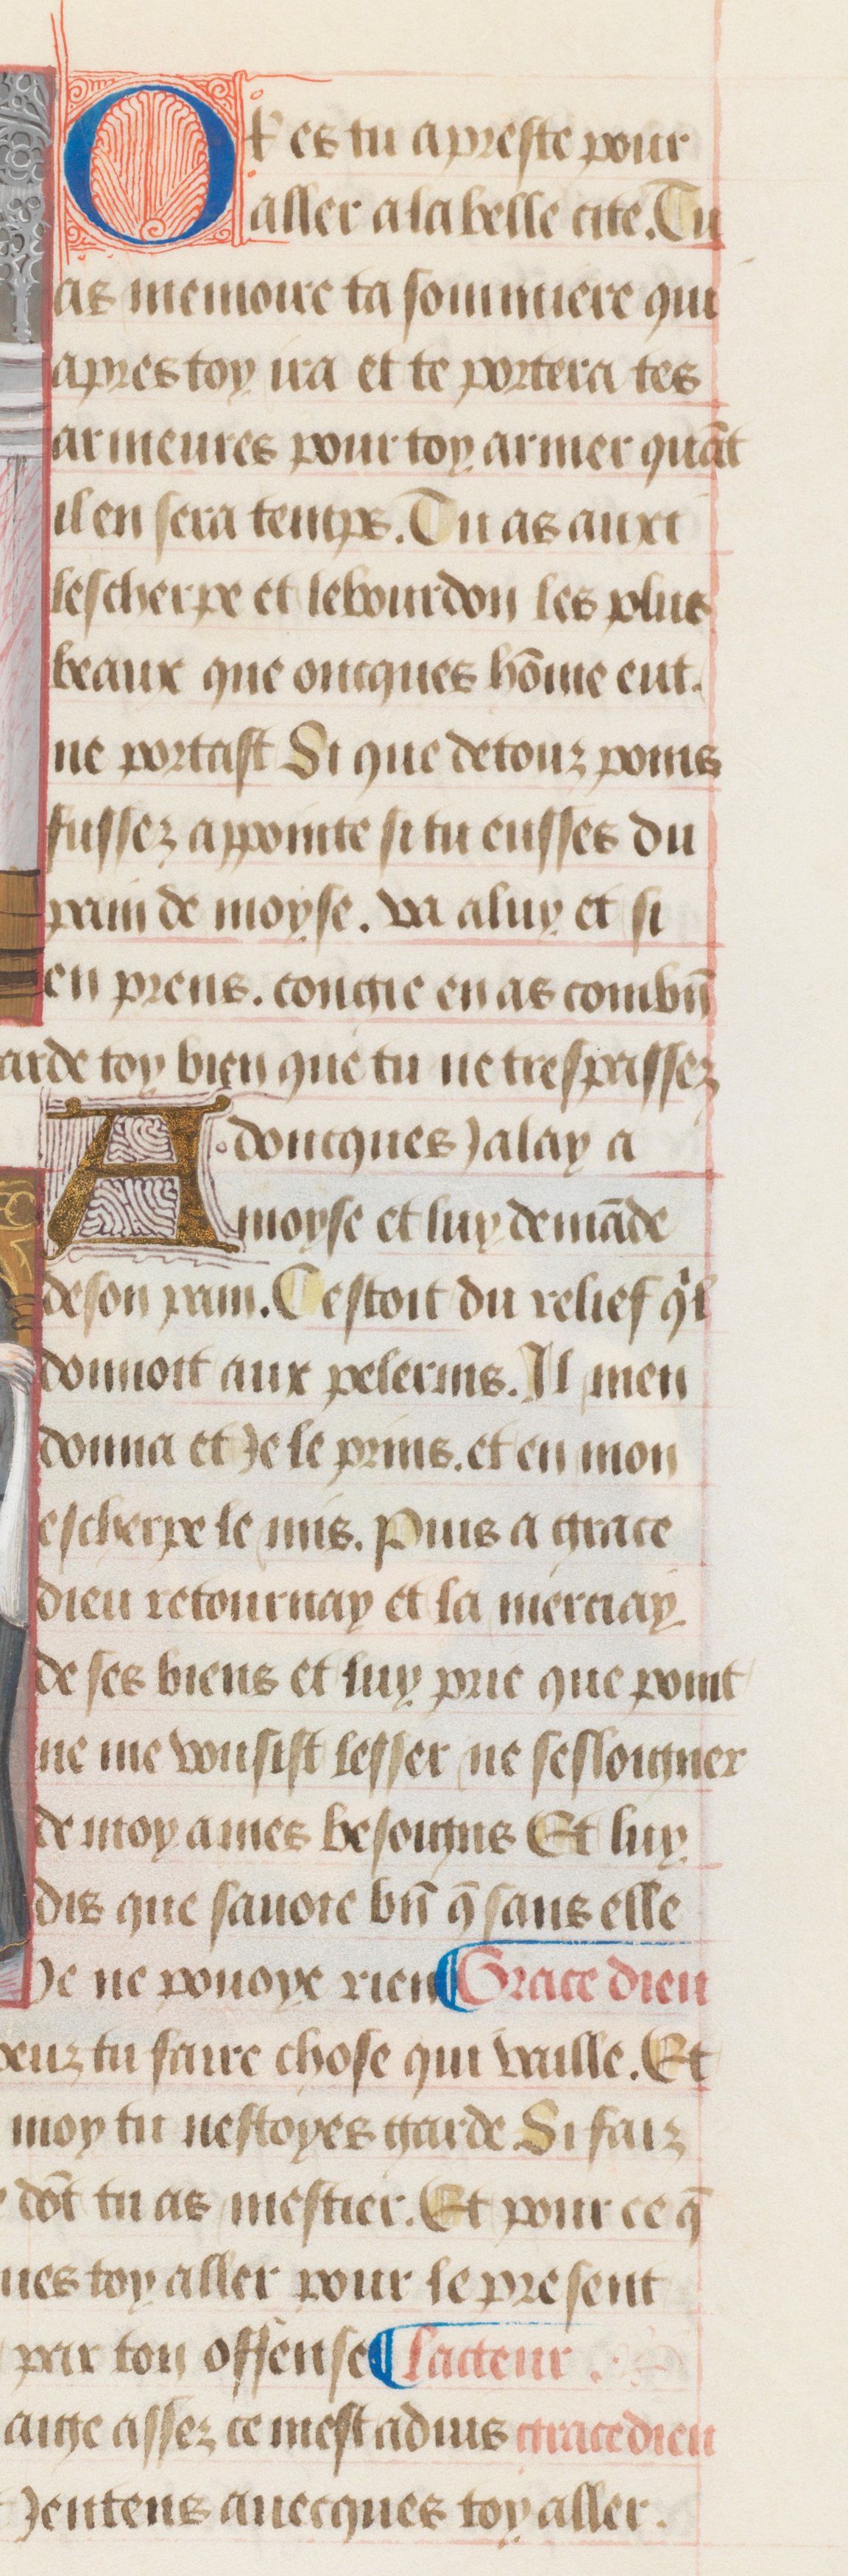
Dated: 1475–1499